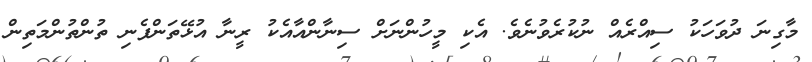
މާގިނަ ދުވަހަކު ސިއްރެއް ނުކުރެވުނެވެ. އެކި މީހުންނަށް ސިނާންއާއެކު ރީނާ އުޅޭތަންފެނި ތުންތުންމަތިން